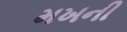
મખની